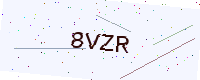
Text: 8VZR